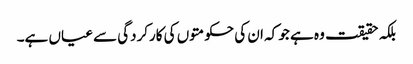
بلکہ حقیقت وہ ہے جو کہ ان کی حکومتوں کی کارکردگی سے عیاں ہے۔